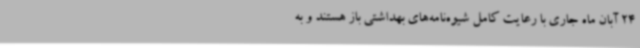
24 آبان ماه جاری با رعایت کامل شیوه‌نامه‌های بهداشتی باز هستند و به